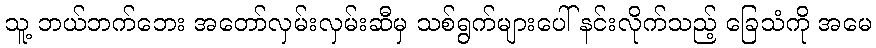
သူ့ ဘယ်ဘက်ဘေး အတော်လှမ်းလှမ်းဆီမှ သစ်ရွက်များပေါ် နင်းလိုက်သည့် ခြေသံကို အမေ